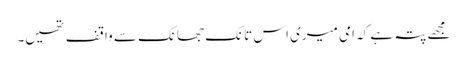
مجھے پتہ ہے کہ امی میری اس تانک جھانک سے واقف تھیں۔